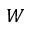
W